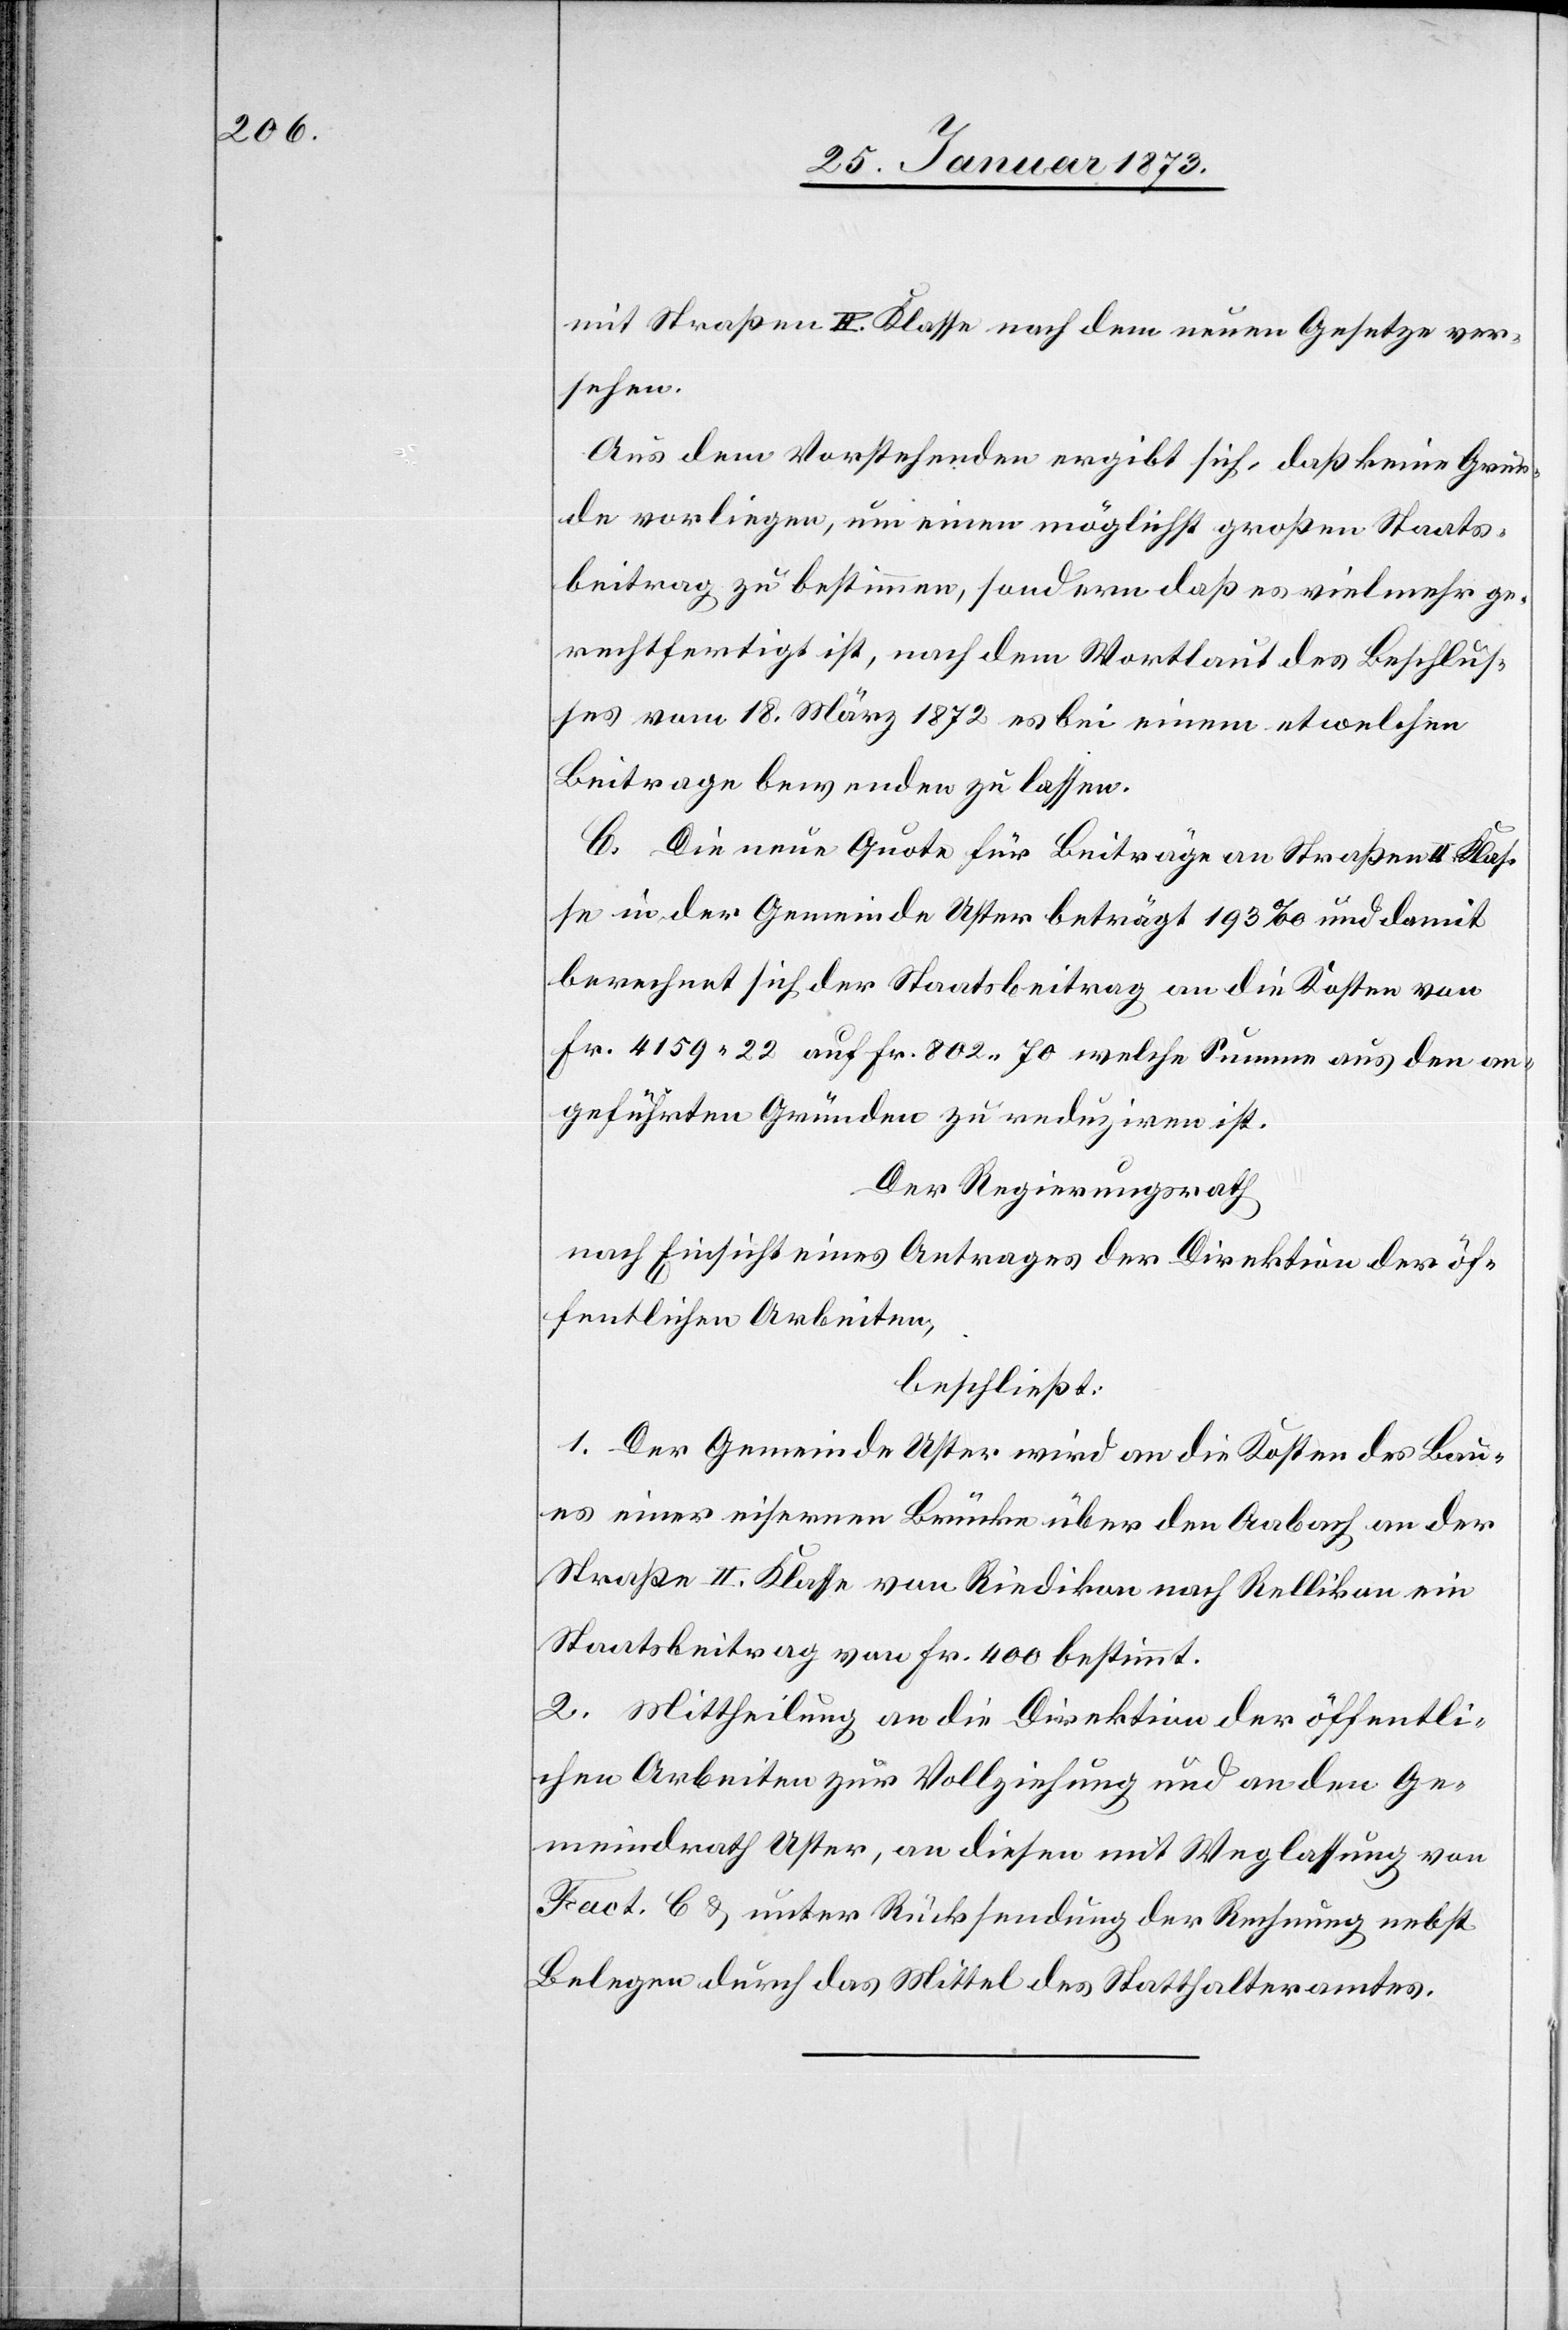
mit Straßen II. Klasse nach dem neuen Gesetze ver¬
sehen.
Aus dem Vorstehenden ergibt sich, daß keine Grün¬
de vorliegen, um einen möglichst großen Staats¬
beitrag zu bestimmen, sondern daß es vielmehr ge¬
rechtfertigt ist, nach dem Wortlaut des Beschlus¬
ses vom 18. März 1872 es bei einem etwelchen
Beitrage bewenden zu lassen.
C. Die neue Quote für Beiträge an Straßen II. Klas¬
se in der Gemeinde Uster beträgt 193‰ und damit
berechnet sich der Staatsbeitrag an die Kosten von
Fr. 4159. 22 auf Fr. 802. 70 welche Summe aus den an¬
geführten Gründen zu reduziren ist.
Der Regierungsrath
nach Einsicht eines Antrages der Direktion der öf¬
fentlichen Arbeiten,
beschließt:
1. Der Gemeinde Uster wird an die Kosten des Bau¬
es einer eisernen Brücke über den Aabach an der
Straße II. Klasse von Riedikon nach Rellikon ein
Staatsbeitrag von Fr. 400 bestimmt.
2. Mittheilung an die Direktion der öffentli¬
chen Arbeiten zur Vollziehung und an den Ge¬
meindrath Uster, an diesen mit Weglassung von
Fact. C u. unter Rücksendung der Rechnung nebst
Belegen durch das Mittel des Statthalteramtes.